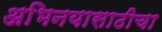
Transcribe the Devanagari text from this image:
अभिनयासाठीचा